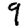
Digit: 9